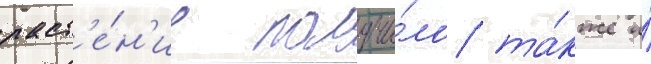
раст'е́н'ие получи́ло та́кже и́